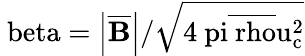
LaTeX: \mathrm{\ beta=\left|\overline{{\mathbf{B}}}\right|/\sqrt{4\ pi\overline{{\ rho}}u_{c}^{2}}}